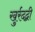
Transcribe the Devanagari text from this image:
खुर्रदद्बी